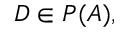
D \in P ( A ) ,